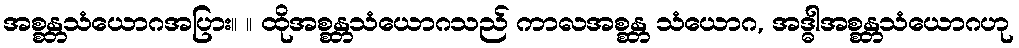
အစ္စန္တသံယောဂအပြား။ ။ ထိုအစ္စန္တသံယောဂသည် ကာလအစ္စန္တ သံယောဂ, အဒ္ဓါအစ္စန္တသံယောဂဟု